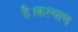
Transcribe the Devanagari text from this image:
है।कल्याण